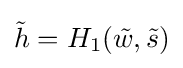
{\tilde {h}}=H_{1}({\tilde {w}},{\tilde {s}})